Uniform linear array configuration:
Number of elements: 48
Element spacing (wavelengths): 0.5
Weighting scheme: hann
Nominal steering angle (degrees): -45
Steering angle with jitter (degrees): -43.626
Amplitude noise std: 0.05
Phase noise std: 0.05

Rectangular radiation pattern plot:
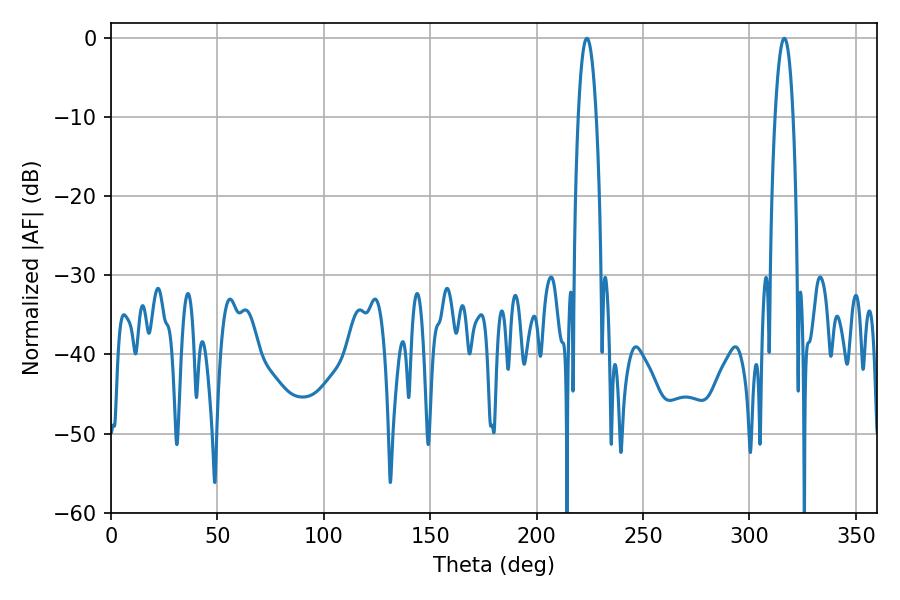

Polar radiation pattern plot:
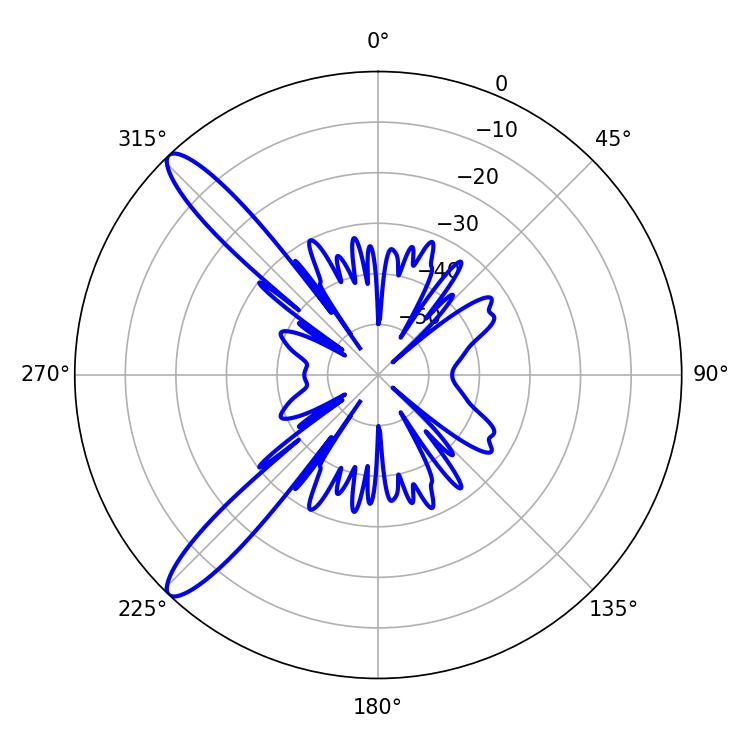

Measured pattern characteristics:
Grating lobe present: FALSE
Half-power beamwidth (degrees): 4.68
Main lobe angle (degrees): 223.56